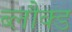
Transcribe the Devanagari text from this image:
ब्लौक्ड